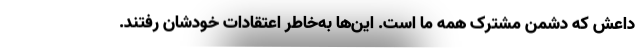
داعش که دشمن مشترک همه‌ ما است. این‌ها به‌خاطر اعتقادات خودشان رفتند.